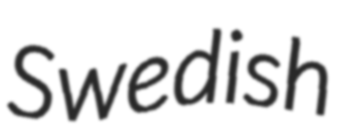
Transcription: Swedish